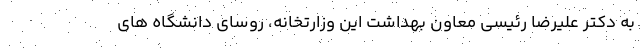
به دکتر علیرضا رئیسی معاون بهداشت این وزارتخانه، روسای دانشگاه های